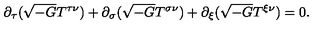
\partial _ { \tau } ( \sqrt { - G } T ^ { \tau \nu } ) + \partial _ { \sigma } ( \sqrt { - G } T ^ { \sigma \nu } ) + \partial _ { \xi } ( \sqrt { - G } T ^ { \xi \nu } ) = 0 .